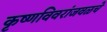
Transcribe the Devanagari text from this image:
कृष्णविवरांजवळचे